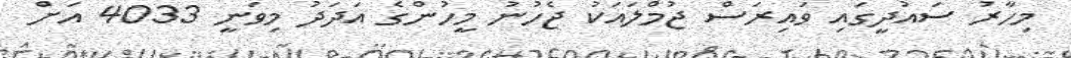
މިހާރު ސައުދީގައި ވައިރަސް ޖުމްލައަކު ޖެހުނު މީހުންގެ އަދަދު މިވަނީ 4033 އަށް